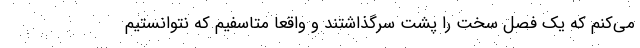
می‌کنم که یک فصل سخت را پشت سرگذاشتند و واقعا متاسفیم که نتوانستیم